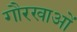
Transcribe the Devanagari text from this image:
गौरखाओं